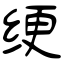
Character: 绠